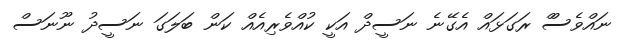
ނައްވެސްް ރަގަޅައް އެގޭނެ ނަސީދް އަކީ ކުއްވެރިއެއް ކަން ބަލަގަ ނަސީދު ނޫނަސް